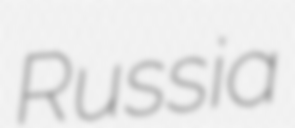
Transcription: Russia